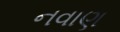
નવાણ